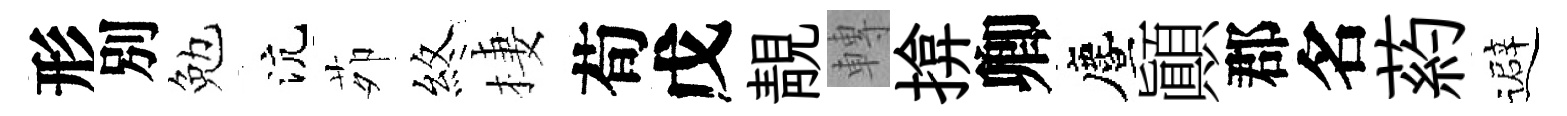
形別勉沆茆煞棲荀戊靚轉揜卿󵨌顚郡名葯避